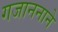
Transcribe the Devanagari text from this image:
गजाननाने